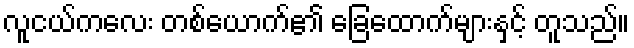
လူငယ်ကလေး တစ်ယောက်၏ ခြေထောက်များနှင့် တူသည်။